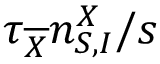
\tau _ { \overline { { X } } } n _ { S , I } ^ { X } / s